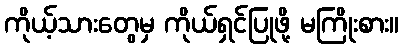
ကိုယ့်သားတွေမှ ကိုယ်ရှင်ပြုဖို့ မကြိုးစား။